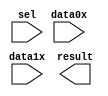
module lpm_mux545327 (
	data0x,
	data1x,
	sel,
	result);

	input	[23:0]  data0x;
	input	[23:0]  data1x;
	input	  sel;
	output	[23:0]  result;

endmodule